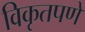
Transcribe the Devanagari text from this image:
विकृतपणे